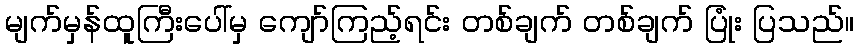
မျက်မှန်ထူကြီးပေါ်မှ ကျော်ကြည့်ရင်း တစ်ချက် တစ်ချက် ပြုံး ပြသည်။